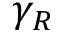
\gamma _ { R }